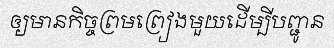
ឲ្យមានកិច្ចព្រមព្រៀងមួយដើម្បីបញ្ជូន